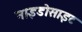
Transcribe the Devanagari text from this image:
नाइडोसाइट